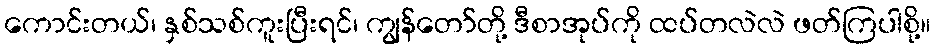
ကောင်းတယ်၊ နှစ်သစ်ကူးပြီးရင်၊ ကျွန်တော်တို့ ဒီစာအုပ်ကို ထပ်တလဲလဲ ဖတ်ကြပါစို့။